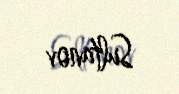
Sultanov